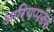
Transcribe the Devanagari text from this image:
आरियप्पडैक